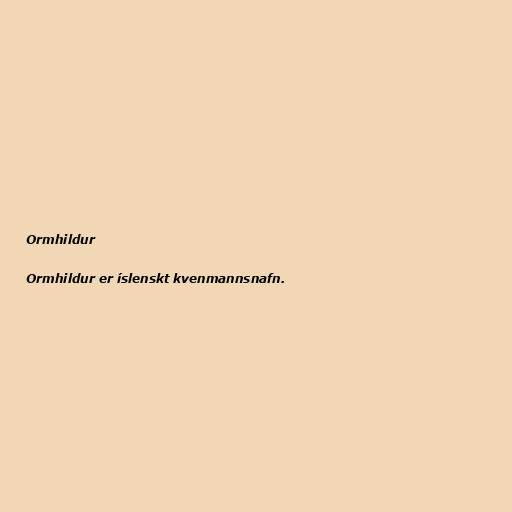
Ormhildur

Ormhildur er íslenskt kvenmannsnafn.